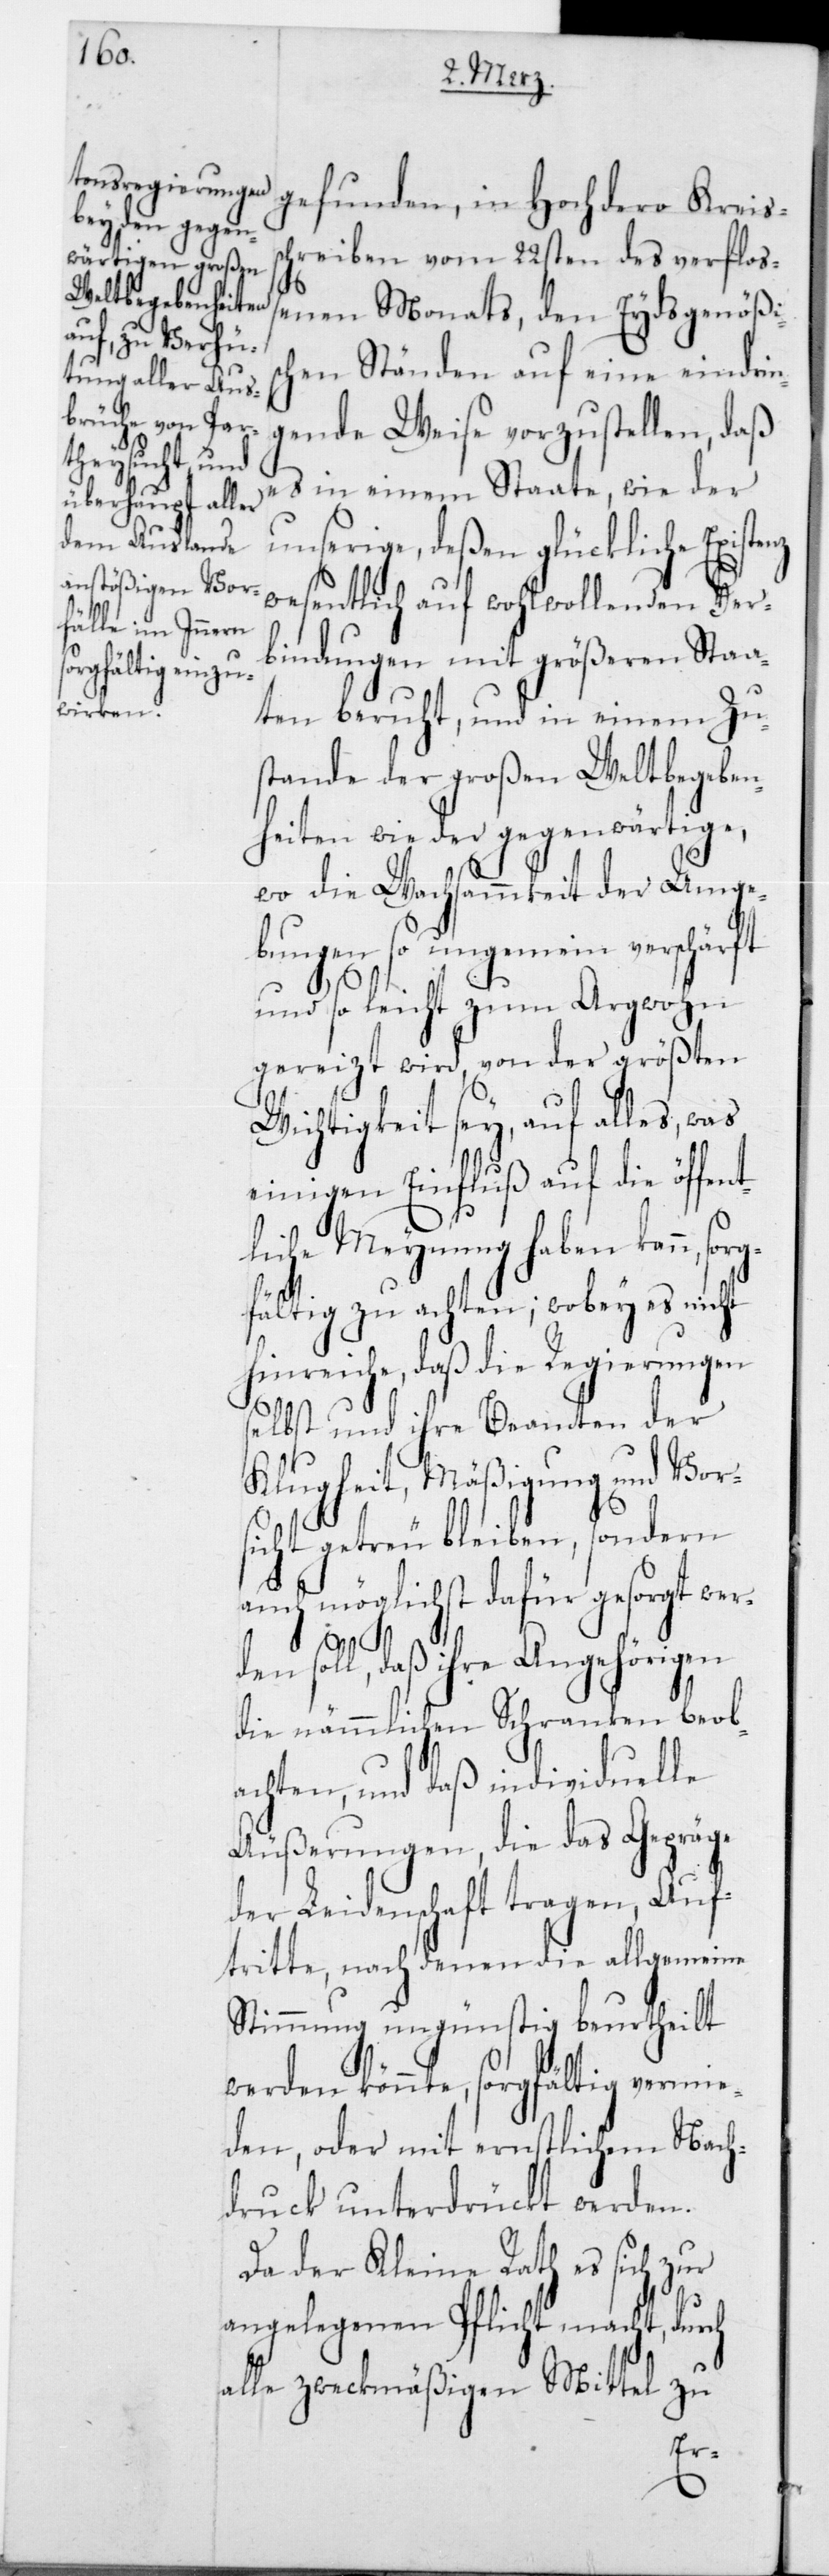
gefunden, in Hochdero Kreis¬
chreiben vom 22sten des verfloß¬
enen Monats, den Eydsgenößis¬
chen Ständen auf eine eindrin¬
gende Weise vorzustellen, daß
es in einem Staate, wie der
unserige, deßen glückliche Existe¬
wesentlich auf wohlwollenden Ver¬
bindungen mit größeren Staa¬
ten beruht, und in einem Zu¬
stande der großen Weltbegeben¬
heiten wie der gegenwärtige,
wo die Wachsamkeit der Umge¬
bungen so ungemein verschärft
und so leicht zum Argwohn
gereizt wird, von der größten
Wichtigkeit sey, auf alles, was
einigen Einfluß auf die öffen¬
liche Meynung haben kann, s¬
fältig zu achten; wobey es nic¬
hinreiche, daß die Regierungen
ht
selbst und ihre Beamten der
Klugheit, Mäßigung und Vor¬
sicht getreu bleiben, sondern
auch möglichst dafür gesorgt wer¬
den soll, daß ihre Angehörigen
die nämmlichen Schranken beob¬
achten, und daß individuelle
Äußerungen, die das Gepräge
der Leidenschaft tragen, Auf¬
tritte, nach denen die allgemeine
Stimmung ungünstig beurtheilt
werden könnte, sorgfältig vermie¬
den, oder mit ernstlichem Nach¬
druck unterdrückt werden.
Da der Kleine Rath es sich zur
angelegenen Pflicht macht, durch
alle zweckmäßigen Mittel zu
org¬